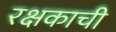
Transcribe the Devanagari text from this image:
रक्षकाची